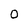
Character: O